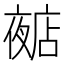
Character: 𱘩